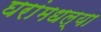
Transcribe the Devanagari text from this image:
घरांमधल्या